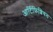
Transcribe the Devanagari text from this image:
आर्टिफ़िशियल